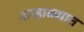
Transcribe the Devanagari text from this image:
ऊन्हाळ्यात